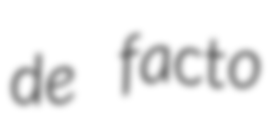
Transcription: de facto